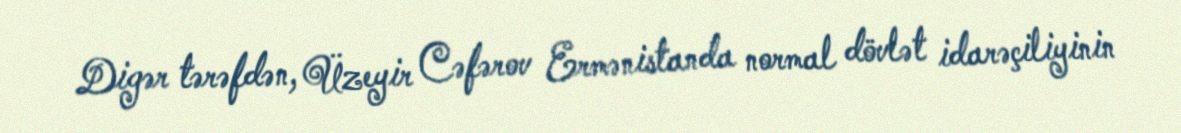
Digər tərəfdən, Üzeyir Cəfərov Ermənistanda normal dövlət idarəçiliyinin